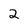
Character: 2